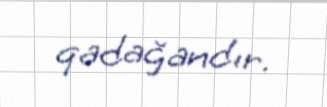
qadağandır.